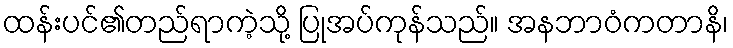
ထန်းပင်၏တည်ရာကဲ့သို့ ပြုအပ်ကုန်သည်။ အနဘာဝံကတာနိ၊